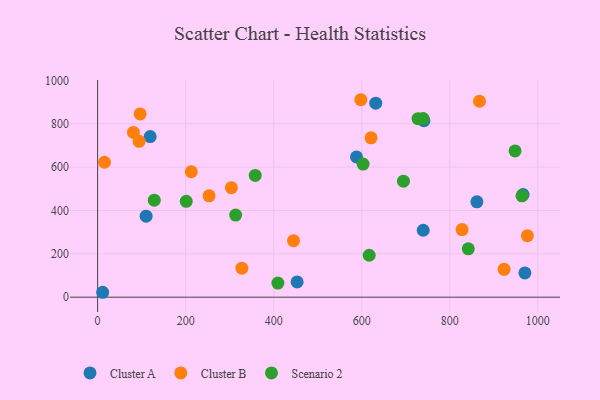
{"axis": {"x": "Price", "y": "Profit"}, "legend": ["Cluster A", "Cluster B", "Scenario 2"], "data": [{"x": "966.5", "y": 473.6, "type": "Cluster A"}, {"x": "588.2", "y": 647.2, "type": "Cluster A"}, {"x": "970.7", "y": 112.2, "type": "Cluster A"}, {"x": "631.8", "y": 895.3, "type": "Cluster A"}, {"x": "741.3", "y": 814.6, "type": "Cluster A"}, {"x": "453.2", "y": 70.4, "type": "Cluster A"}, {"x": "119.4", "y": 741.3, "type": "Cluster A"}, {"x": "861.6", "y": 440.0, "type": "Cluster A"}, {"x": "739.7", "y": 308.8, "type": "Cluster A"}, {"x": "110.2", "y": 373.8, "type": "Cluster A"}, {"x": "11.4", "y": 22.7, "type": "Cluster A"}, {"x": "81.3", "y": 760.3, "type": "Cluster B"}, {"x": "303.7", "y": 505.5, "type": "Cluster B"}, {"x": "923.4", "y": 128.6, "type": "Cluster B"}, {"x": "94.3", "y": 719.1, "type": "Cluster B"}, {"x": "598.0", "y": 911.1, "type": "Cluster B"}, {"x": "976.3", "y": 283.6, "type": "Cluster B"}, {"x": "96.5", "y": 845.8, "type": "Cluster B"}, {"x": "253.2", "y": 467.6, "type": "Cluster B"}, {"x": "621.2", "y": 735.2, "type": "Cluster B"}, {"x": "445.0", "y": 260.6, "type": "Cluster B"}, {"x": "867.5", "y": 904.1, "type": "Cluster B"}, {"x": "327.7", "y": 133.8, "type": "Cluster B"}, {"x": "828.0", "y": 311.8, "type": "Cluster B"}, {"x": "15.7", "y": 622.7, "type": "Cluster B"}, {"x": "212.8", "y": 578.8, "type": "Cluster B"}, {"x": "313.6", "y": 378.8, "type": "Scenario 2"}, {"x": "694.8", "y": 535.2, "type": "Scenario 2"}, {"x": "739.5", "y": 824.1, "type": "Scenario 2"}, {"x": "964.0", "y": 467.9, "type": "Scenario 2"}, {"x": "201.3", "y": 442.4, "type": "Scenario 2"}, {"x": "603.1", "y": 614.3, "type": "Scenario 2"}, {"x": "617.0", "y": 193.5, "type": "Scenario 2"}, {"x": "842.0", "y": 223.4, "type": "Scenario 2"}, {"x": "358.0", "y": 561.7, "type": "Scenario 2"}, {"x": "727.8", "y": 823.7, "type": "Scenario 2"}, {"x": "948.3", "y": 674.8, "type": "Scenario 2"}, {"x": "128.7", "y": 447.6, "type": "Scenario 2"}, {"x": "409.5", "y": 65.0, "type": "Scenario 2"}]}